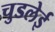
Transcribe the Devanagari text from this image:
चुडलेई